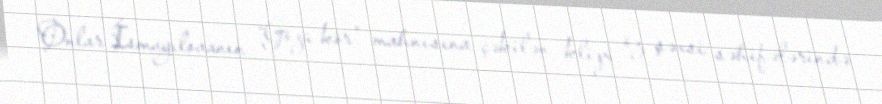
Onlar İsmayılovanın “Gözü kör” mahnısına çəkilən klipi öz şəxsi səhifələrində